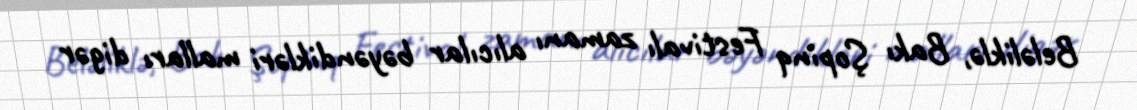
Beləliklə, Bakı Şopinq Festivalı zamanı alıcılar bəyəndikləri malları digər